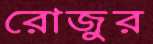
রোজুর